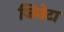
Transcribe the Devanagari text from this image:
जिनेटा